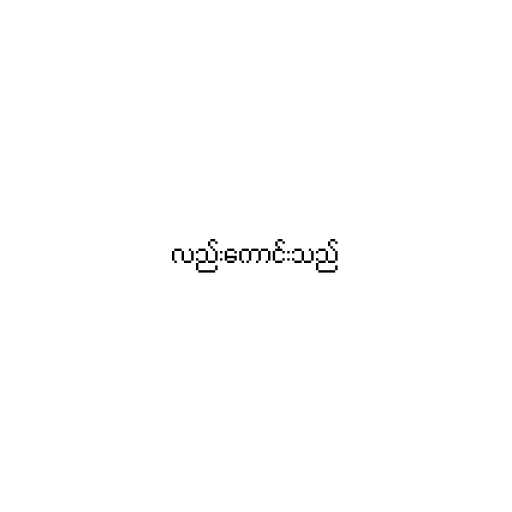
လည်းကောင်းသည်